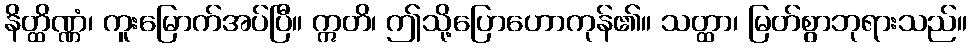
နိတ္ထိဏ္ဏံ၊ ကူးမြောက်အပ်ပြီ။ ဣတိ၊ ဤသို့ပြောဟောကုန်၏။ သတ္ထာ၊ မြတ်စွာဘုရားသည်။